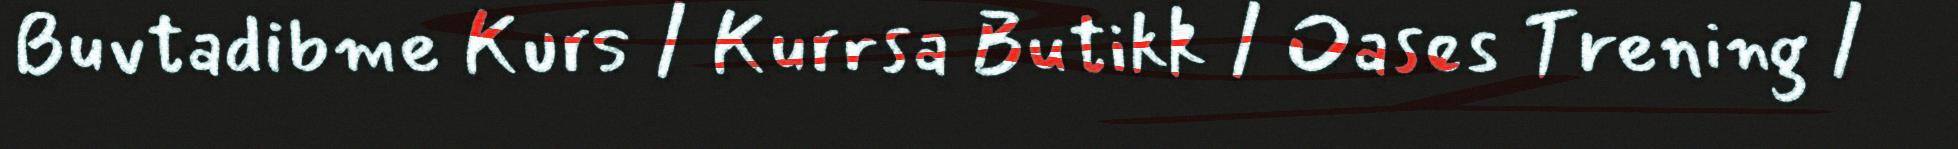
Buvtadibme Kurs / Kurrsa Butikk / Oases Trening /